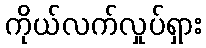
ကိုယ်လက်လှုပ်ရှား